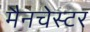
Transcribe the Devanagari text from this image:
मैनचेस्‍टर